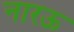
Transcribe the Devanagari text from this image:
नारऊ